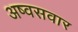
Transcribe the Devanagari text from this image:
अष्वसवार